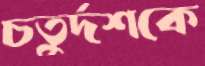
চতুর্দশকে